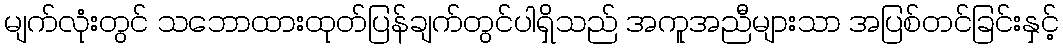
မျက်လုံးတွင် သဘောထားထုတ်ပြန်ချက်တွင်ပါရှိသည် အကူအညီများသာ အပြစ်တင်ခြင်းနှင့်